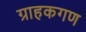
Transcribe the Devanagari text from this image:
ग्राहकगण